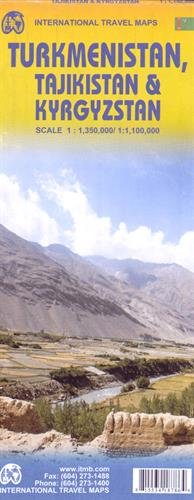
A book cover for Turkmenistan, Tajikistan, Kyrgyzstan 1:1.35M/1.1M (English and French Edition); ITMB Publishing LTD; Travel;